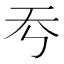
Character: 𡗙